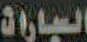
السيارات